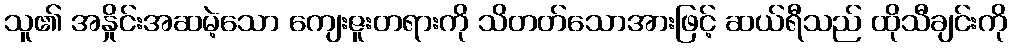
သူ၏ အနှိုင်းအဆမဲ့သော ကျေးဇူးတရားကို သိတတ်သောအားဖြင့် ဆယ်ရီသည် ထိုသီချင်းကို